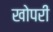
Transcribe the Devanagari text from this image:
खोपरी